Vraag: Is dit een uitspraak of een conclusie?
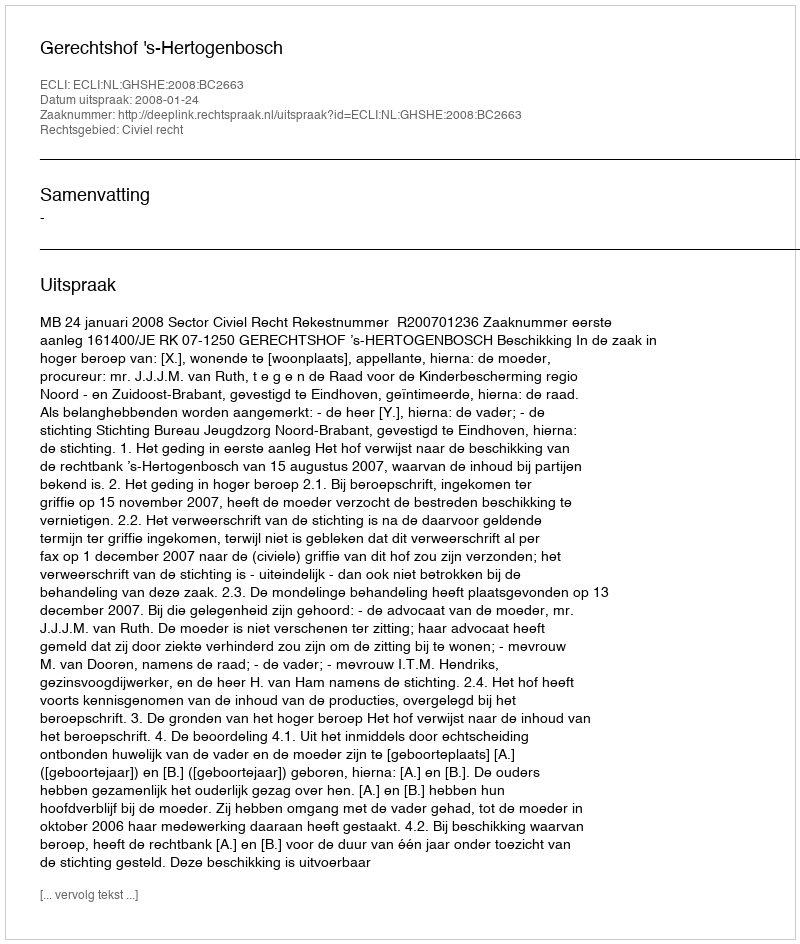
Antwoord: Uitspraak